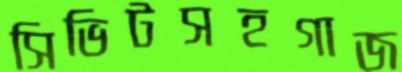
সিভিটসহগাজ